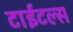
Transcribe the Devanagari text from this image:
टाईटल्स